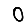
Digit: 0